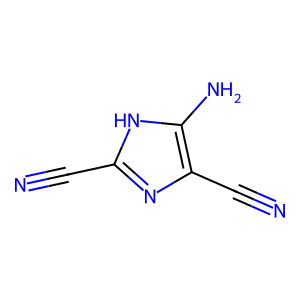
SMILES: N#Cc1nc(C#N)c(N)[nH]1
Inhibits HIV replication: No